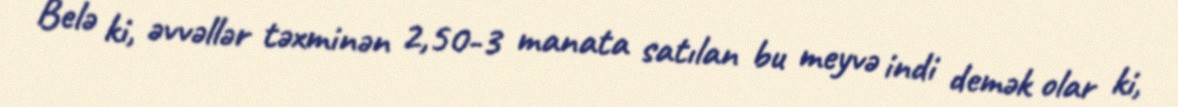
Belə ki, əvvəllər təxminən 2,50-3 manata satılan bu meyvə indi demək olar ki,